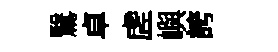
鷖卓虗嶼誇